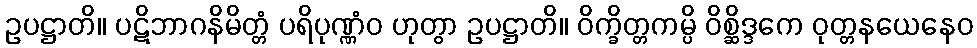
ဥပဋ္ဌာတိ။ ပဋိဘာဂနိမိတ္တံ ပရိပုဏ္ဏံဝ ဟုတွာ ဥပဋ္ဌာတိ။ ဝိက္ခိတ္တကမ္ပိ ဝိစ္ဆိဒ္ဒကေ ဝုတ္တနယေနေဝ